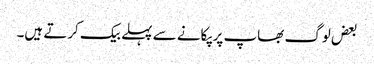
بعض لوگ بھاپ پر پکانے سے پہلے بیک کرتے ہیں۔